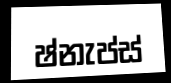
ෂ්නැප්ස්